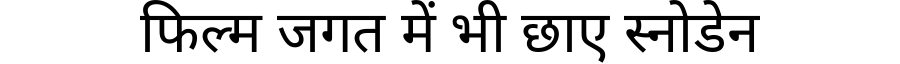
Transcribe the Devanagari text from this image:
फिल्म जगत में भी छाए स्नोडेन